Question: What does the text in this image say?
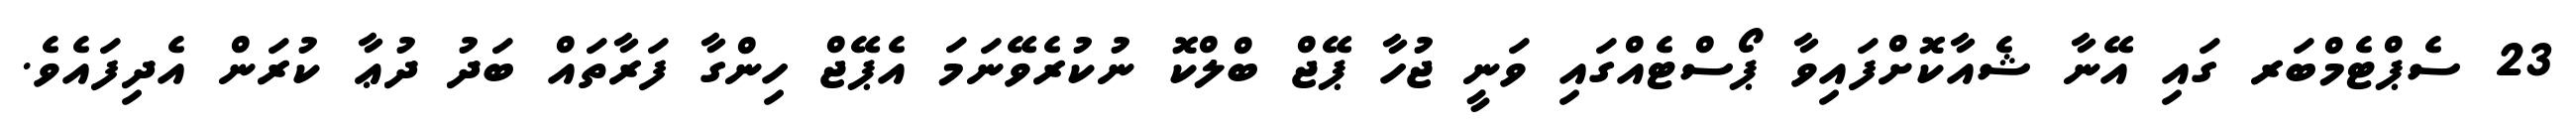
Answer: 23 ސެޕްޓެމްބަރ ގައި އޭނާ ޝެއާކޮށްފައިވާ ޕޯސްޓެއްގައި ވަނީ ޖުހާ ޕޭޖް ބްލްކޮ ނުކުރެވޭނަމަ އެޕޭޖް ހިންގާ ފަރާތައް ބަދު ދުޢާ ކުރަން އެދިފައެވެ.